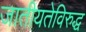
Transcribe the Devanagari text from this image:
जातीयतेविरुद्ध